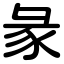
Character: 彖